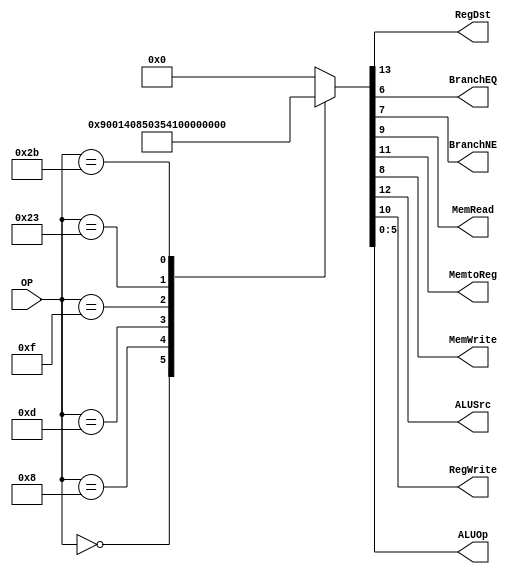
  /******************************************************************
* Description
*	This is control unit for the MIPS processor. The control unit is 
*	in charge of generation of the control signals. Its only input 
*	corresponds to opcode from the instruction.
*	1.0
* Author:
*	Dr. Jos Luis Pizano Escalante
* email:
*	luispizano@iteso.mx
* Date:
*	01/03/2014
******************************************************************/
module Control
(
	input [5:0]OP,
	
	output RegDst,
	output BranchEQ,
	output BranchNE,
	output MemRead,
	output MemtoReg,
	output MemWrite,
	output ALUSrc,
	output RegWrite,
	output [5:0]ALUOp
);
localparam R_Type = 0;
localparam I_Type_ADDI = 6'h8;
localparam I_Type_ORI  = 6'h0d;
localparam I_Type_LUI  = 6'h0f;
localparam I_Type_LW   = 6'h23;
localparam I_Type_SW   = 6'h2b;


reg [14:0] ControlValues;

always@(OP) begin
	casex(OP)
		R_Type:       ControlValues= 14'b1_001_00_00_000000;
		I_Type_ADDI:  ControlValues= 14'b0_101_00_00_001000;
		I_Type_ORI:   ControlValues= 14'b0_101_00_00_001101;
		I_Type_LUI:   ControlValues= 14'b0_101_00_00_001111;
		I_Type_LW:    ControlValues= 14'b0_111_10_00_100011;
		I_Type_SW:	  ControlValues= 14'b0_100_01_00_101011;

		
		
		default:
			ControlValues= 14'b00000000000000;
		endcase
end	
	
assign RegDst = ControlValues[13];
assign ALUSrc = ControlValues[12];
assign MemtoReg = ControlValues[11];
assign RegWrite = ControlValues[10];
assign MemRead = ControlValues[9];
assign MemWrite = ControlValues[8];
assign BranchNE = ControlValues[7];
assign BranchEQ = ControlValues[6];
assign ALUOp = ControlValues[5:0];	

endmodule